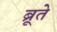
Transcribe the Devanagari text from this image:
ब्रूते